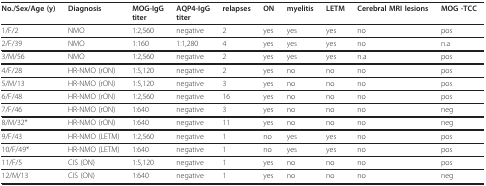
| No./Sex/Age (y) | Diagnosis | MOG-IgGtiter | AQP4-IgGtiter | relapses | ON | myelitis | LETM | Cerebral MRI lesions | MOG -TCC |
 | --- | --- | --- | --- | --- | --- | --- | --- | --- | --- |
 | 1/F/2 | NMO | 1:2,560 | negative | 2 | yes | yes | yes | no | pos |
 | 2/F/39 | NMO | 1:160 | 1:1,280 | 4 | yes | yes | yes | no | n.a |
 | 3/M/56 | NMO | 1:2,560 | negative | 2 | yes | yes | yes | n.a | pos |
 | 4/F/28 | HR-NMO (rON) | 1:5,120 | negative | 2 | yes | no | no | no | pos |
 | 5/M/13 | HR-NMO (rON) | 1:5,120 | negative | 3 | yes | no | no | no | pos |
 | 6/F/48 | HR-NMO (rON) | 1:2,560 | negative | 16 | yes | no | no | no | pos |
 | 7/F/46 | HR-NMO (rON) | 1:640 | negative | 3 | yes | no | no | no | neg |
 | 8/M/32* | HR-NMO (rON) | 1:640 | negative | 11 | yes | no | no | no | neg |
 | 9/F/43 | HR-NMO (LETM) | 1:2,560 | negative | 1 | no | yes | yes | no | pos |
 | 10/F/49* | HR-NMO (LETM) | 1:640 | negative | 1 | no | yes | yes | no | pos |
 | 11/F/5 | CIS (ON) | 1:5,120 | negative | 1 | yes | no | no | no | pos |
 | 12/M/13 | CIS (ON) | 1:640 | negative | 1 | yes | no | no | no | neg |